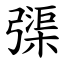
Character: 㣄